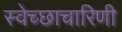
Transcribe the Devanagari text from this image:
स्वेच्छाचारिणी